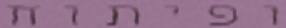
ופיתוח